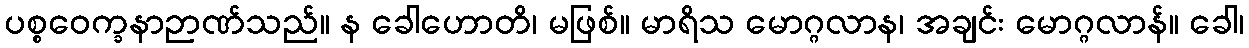
ပစ္စဝေက္ခနာဉာဏ်သည်။ န ခေါဟောတိ၊ မဖြစ်။ မာရိသ မောဂ္ဂလာန၊ အချင်း မောဂ္ဂလာန်။ ခေါ၊